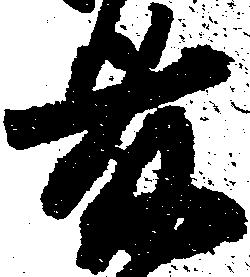
藤